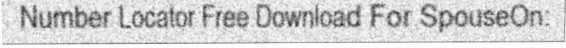
Number Locator Free Download For SpouseOn: